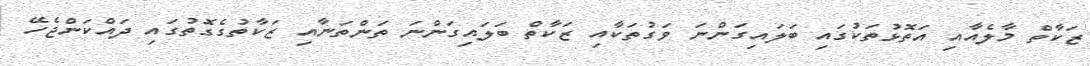
ޒަކާތް މާލެއާއި އަތޮޅުތަކުގައި ބަލައިގަންނަ ވަގުތަކާއި ޒަކާތް ބަލައިގަންނަ ތަންތަނާއި ޒަކާތުގެގޮތުގައި ދައްކަންޖެހޭ